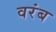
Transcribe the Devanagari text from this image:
वरंब